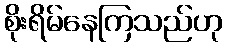
စိုးရိမ်နေကြသည်ဟု